Civil Veterinary Dept. Bombay admin report 1914-1922 - 1914-1922
Year: 1914
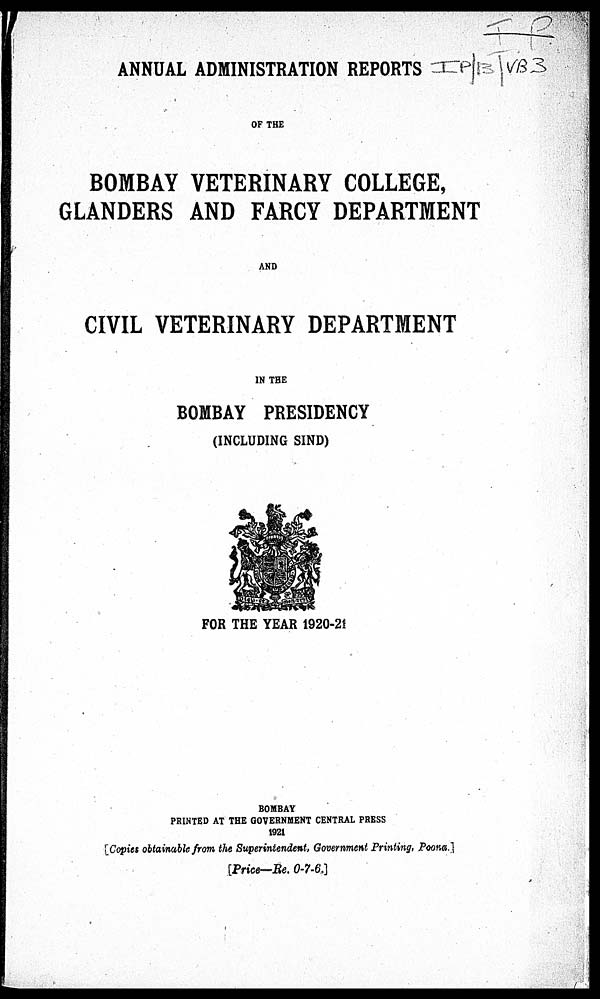
ANNUAL ADMINISTRATION REPORTS
OF THE
BOMBAY VETERINARY COLLEGE,
GLANDERS AND FARCY DEPARTMENT
AND
CIVIL VETERINARY DEPARTMENT
IN THE
BOMBAY PRESIDENCY
(INCLUDING SIND)
FOR THE YEAR 1920-21
BOMBAY
PRINTED AT THE GOVERNMENT CENTRAL PRESS
1921
[Copies obtainable from the Superintendent, Government Printing, Poona.]
[Price—Re. 0-7-6.]